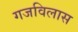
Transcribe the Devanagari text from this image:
गजविलास